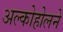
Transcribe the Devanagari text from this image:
अल्कोहोलने